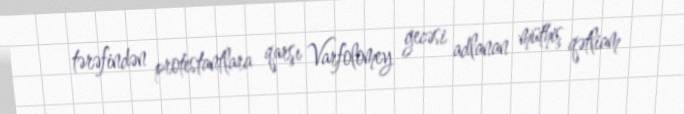
tərəfindən protestantlara qarşı Varfolomey gecəsi adlanan müthiş qətliam